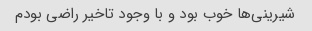
شیرینی‌ها خوب بود و با وجود تاخیر راضی بودم